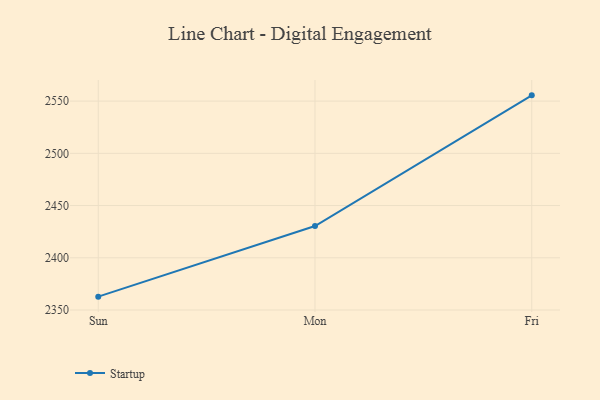
{"axis": {"x": "Day", "y": "Shipments"}, "legend": ["Startup"], "data": [{"x": "Sun", "y": 2362.8, "type": "Startup"}, {"x": "Mon", "y": 2430.4, "type": "Startup"}, {"x": "Fri", "y": 2555.5, "type": "Startup"}]}